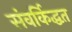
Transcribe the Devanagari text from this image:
संवर्किद्धत